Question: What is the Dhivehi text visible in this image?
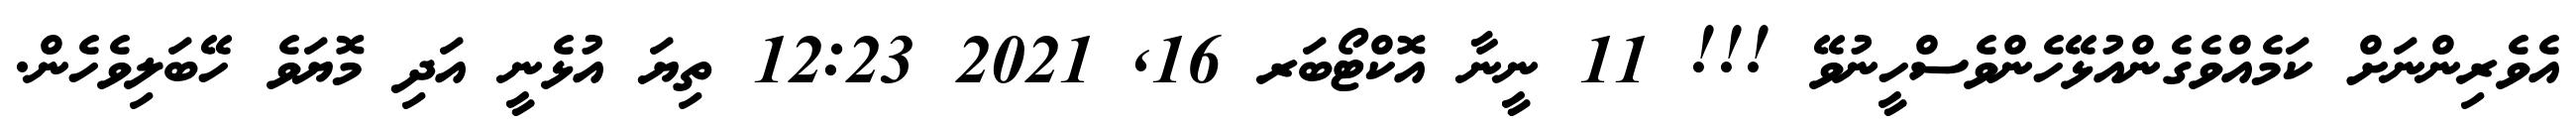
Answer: އެވެރިންނަށް ކަމެއްވެގެންއުޅޭހެންވެސްހީނުވޭ !!! 11 ނީނާ އޮކްޓޯބަރ 16, 2021 12:23 ތިޔަ އުޅެނީ އަދި މޮޔަވެ ހޭބަލިވެހެން.